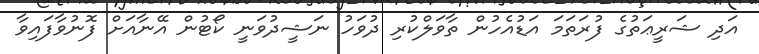
އަދި ޝަރީޢަތުގެ ފުރަތަމަ އަޑުއެހުން ތާވަލްކުރި ދުވަހު ނަޝީދުވަނީ ކޯޓުން އޭނާއަށް ފޮނުވާފައިވާ